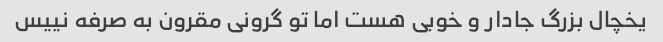
یخچال بزرگ جادار و خوبی هست اما تو گرونی مقرون به صرفه نییس